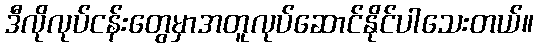
ဒီလိုလုပ်ငန်းတွေမှာအတူလုပ်ဆောင်နိုင်ပါသေးတယ်။